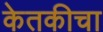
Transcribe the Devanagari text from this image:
केतकीचा